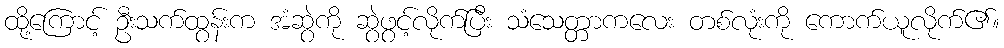
ထို့ကြောင့် ဦးသက်ထွန်းက အံဆွဲကို ဆွဲဖွင့်လိုက်ပြီး သံသေတ္တာကလေး တစ်လုံးကို ကောက်ယူလိုက်၏။